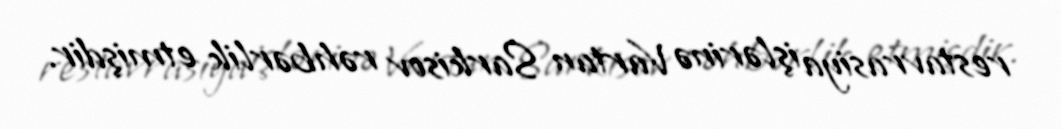
restavrasiya işlərinə Vartan Sarkisov rəhbərlik etmişdir.